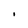
Character: I